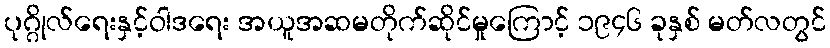
ပုဂ္ဂိုလ်ရေးနှင့်ဝါဒရေး အယူအဆမတိုက်ဆိုင်မှုကြောင့် ၁၉၄၆ ခုနှစ် မတ်လတွင်